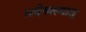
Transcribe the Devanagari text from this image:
भवेद्यस्मात्